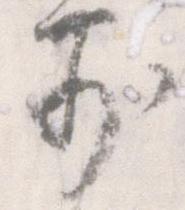
前